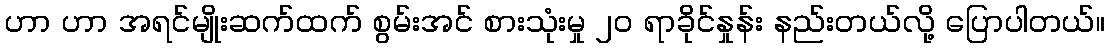
ဟာ ဟာ အရင်မျိုးဆက်ထက် စွမ်းအင် စားသုံးမှု ၂၀ ရာခိုင်နှုန်း နည်းတယ်လို့ ပြောပါတယ်။